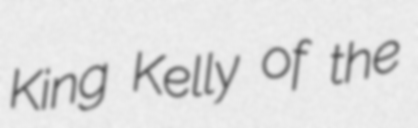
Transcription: King Kelly of the